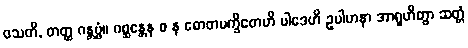
ဝသတိ, တတ္ထ ဂန္တဗ္ဗံ။ ဂစ္ဆန္တေန စ န ဓောတမက္ခိတေဟိ ပါဒေဟိ ဥပါဟနာ အာရူဟိတွာ ဆတ္တံ